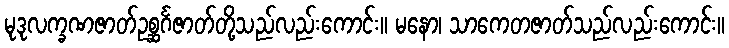
မုဒုလက္ခဏဇာတ်ဥစ္ဆင်္ဂဇာတ်တို့သည်လည်းကောင်း။ မနော၊ သာကေတဇာတ်သည်လည်းကောင်း။